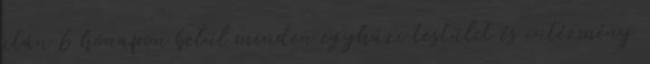
után 6 hónapon belül minden egyházi testület és intézmény